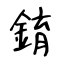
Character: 錥